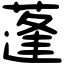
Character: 蓬